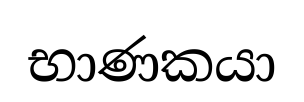
භාණකයා